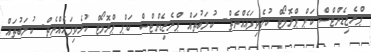
ޕްރެޒިޑެންޓްސް ކަޕް ޕްރޮމޯޓް ކުރެވިފައެއްނެތް- ކުލަބުތައް ޕްރެޒިޑެންޓްސް ކަޕް ޕްރޮމޯޓް ކުރެވިފައެއްނެތް- ކުލަބުތައް